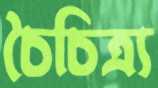
চৈচিত্র্য